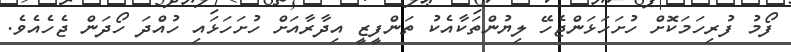
ފޯމު ފުރިހަމަކޮށް ހުށަހަޅަންޖެހޭ ލިޔުންތަކާއެކު ތަންފީޒީ އިދާރާއަށް ހުށަހަޅައި ހުއްދަ ހޯދަން ޖެހެއެވެ.